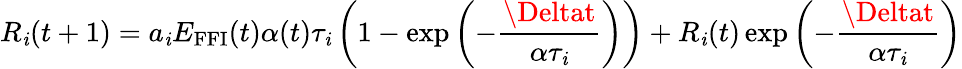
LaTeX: R_{\mathit{i}}(t+1)=a_{\mathit{i}}E_{\textrm{{FFI}}}(t)\alpha(t)\tau_{\mathit{i}}\left(1-\exp\left(-\frac{{\Deltat}}{{\alpha\tau_{\mathit{i}}}}\right)\right)+R_{\mathit{i}}(t)\exp\left(-\frac{{\Deltat}}{{\alpha\tau_{\mathit{i}}}}\right)